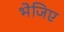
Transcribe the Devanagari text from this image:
भेजिए